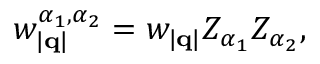
w _ { | \mathbf { q } | } ^ { \alpha _ { 1 } , \alpha _ { 2 } } = w _ { | \mathbf { q } | } Z _ { \alpha _ { 1 } } Z _ { \alpha _ { 2 } } ,